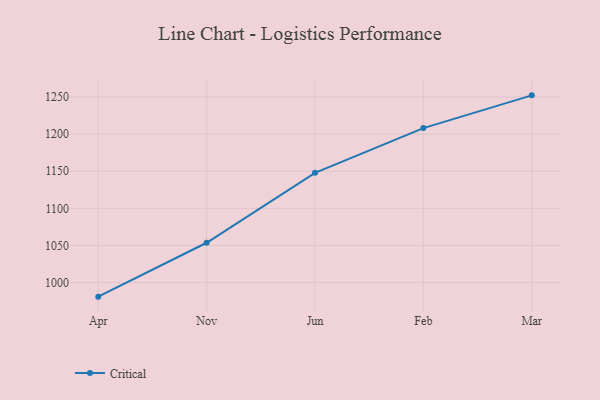
{"axis": {"x": "Month", "y": "Net Income (USD K)"}, "legend": ["Critical"], "data": [{"x": "Apr", "y": 981.0, "type": "Critical"}, {"x": "Nov", "y": 1053.6, "type": "Critical"}, {"x": "Jun", "y": 1147.8, "type": "Critical"}, {"x": "Feb", "y": 1208.1, "type": "Critical"}, {"x": "Mar", "y": 1252.2, "type": "Critical"}]}